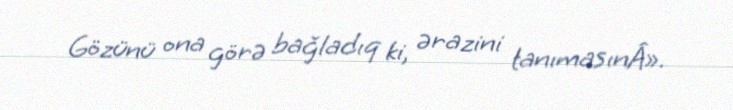
Gözünü ona görə bağladıq ki, ərazini tanımasınÂ».